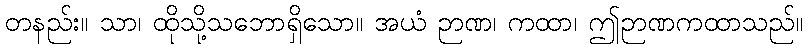
တနည်း။ သာ၊ ထိုသို့သဘောရှိသော။ အယံ ဉာဏ၊ ကထာ၊ ဤဉာဏကထာသည်။